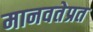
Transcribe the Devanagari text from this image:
मानवतेप्रत